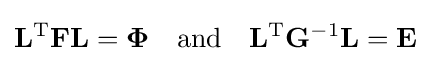
\mathbf {L} ^{\mathrm {T} }\mathbf {F} \mathbf {L} ={\boldsymbol {\Phi }}\quad \mathrm {and} \quad \mathbf {L} ^{\mathrm {T} }\mathbf {G} ^{-1}\mathbf {L} =\mathbf {E}